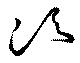
須